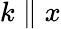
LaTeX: k\parallel x